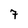
Character: 7